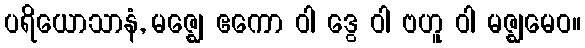
ပရိယောသာနံ, မဇ္ဈေ ဧကော ဝါ ဒွေ ဝါ ဗဟူ ဝါ မဇ္ဈမေဝ။